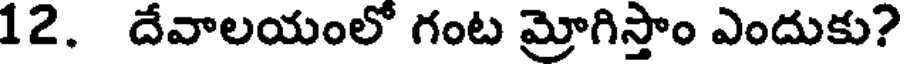
12. దేవాలయంలో గంట మ్రోగిస్తాం ఎందుకు?